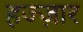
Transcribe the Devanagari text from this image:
हज्ज़ार